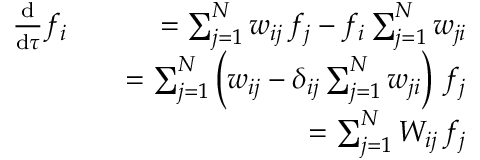
\begin{array} { r l r } { \frac { \mathrm { d } } { \mathrm { d } \tau } f _ { i } } & { } & { = \sum _ { j = 1 } ^ { N } w _ { i j } \, f _ { j } - f _ { i } \sum _ { j = 1 } ^ { N } w _ { j i } } \\ & { } & { = \sum _ { j = 1 } ^ { N } \left( w _ { i j } - \delta _ { i j } \sum _ { j = 1 } ^ { N } w _ { j i } \right) \, f _ { j } } \\ & { } & { = \sum _ { j = 1 } ^ { N } W _ { i j } \, f _ { j } } \end{array}